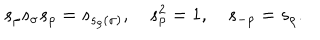
{ s } _ { \rho } { s } _ { \sigma } { s } _ { \rho } = { s } _ { s _ { \rho } ( \sigma ) } , \quad { s } _ { \rho } ^ { 2 } = 1 , \quad { s } _ { - \rho } = { s } _ { \rho } .